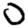
Digit: 0